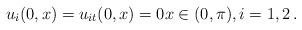
LaTeX: \begin{align*}u_i(0,x)=u_{it}(0,x)=0 x\in(0,\pi),i=1,2\,.\end{align*}